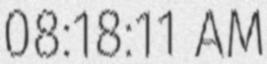
08:18:11 AM